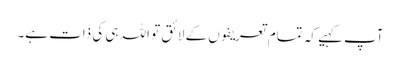
آپ کہیے کہ تمام تعریفوں کے لائق تو اللہ ہی کی ذات ہے۔